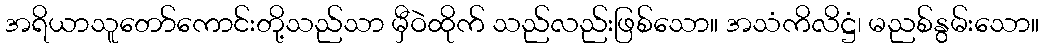
အရိယာသူတော်ကောင်းတို့သည်သာ မှီဝဲထိုက် သည်လည်းဖြစ်သော။ အသံကိလိဋ္ဌံ၊ မညစ်နွမ်းသော။